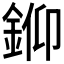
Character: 𨦪